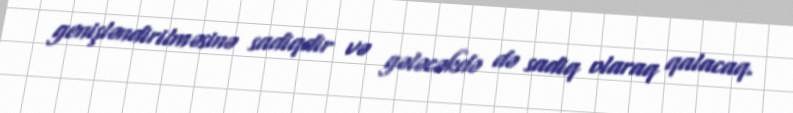
genişləndirilməsinə sadiqdir və gələcəkdə də sadiq olaraq qalacaq.